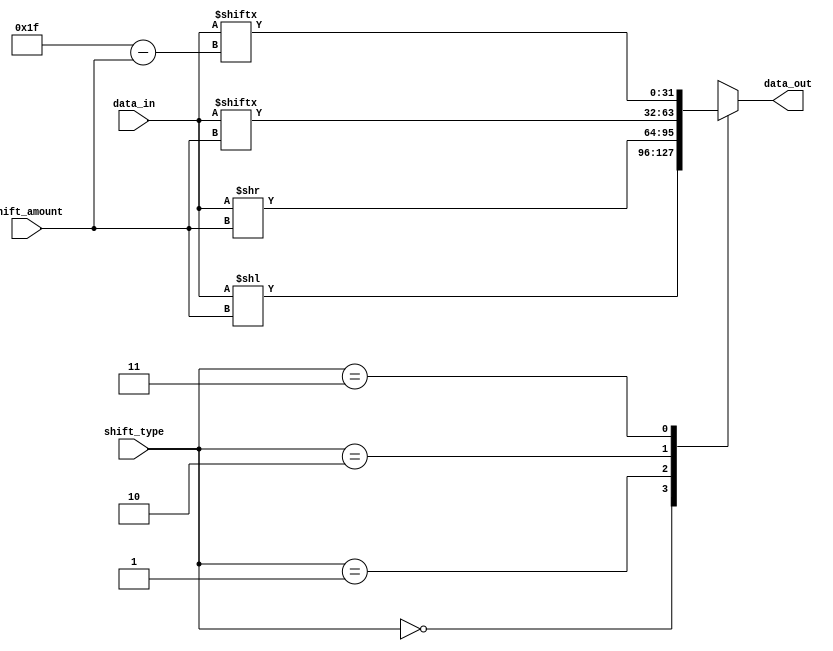
module Circular_Barrel_Shifter (
  input wire [31:0] data_in,
  input wire [4:0] shift_amount,
  input wire [1:0] shift_type, // 2'b00 for left shift, 2'b01 for right shift, 2'b10 for rotate left, 2'b11 for rotate right
  output reg [31:0] data_out
);

always @* begin
  case (shift_type)
    2'b00: data_out = data_in << shift_amount; // Left shift
    2'b01: data_out = data_in >> shift_amount; // Right shift
    2'b10: data_out = {data_in[shift_amount-1:0], data_in[31:shift_amount]}; // Rotate left
    2'b11: data_out = {data_in[31-shift_amount+1:31], data_in[0:31-shift_amount]}; // Rotate right
    default: data_out = 0; // No shift operation
  endcase
end

endmodule